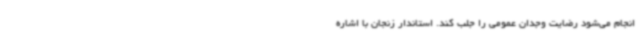
انجام می‌شود رضایت وجدان عمومی را جلب کند. استاندار زنجان با اشاره